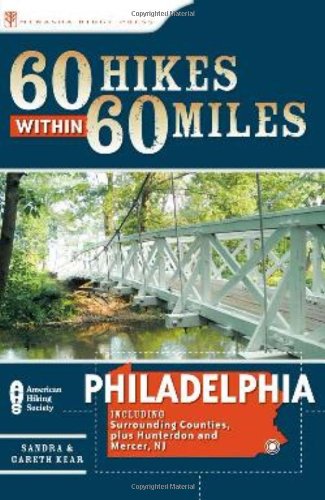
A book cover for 60 Hikes Within 60 Miles: Philadelphia: Including Surrounding Counties and Hunterdon and Mercer, NJ; Sandra Kear; Health, Fitness & Dieting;